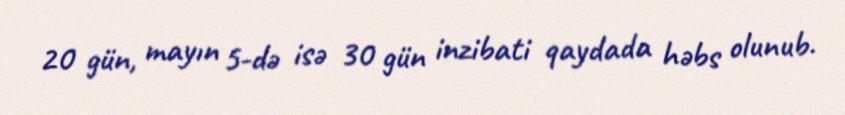
20 gün, mayın 5-də isə 30 gün inzibati qaydada həbs olunub.